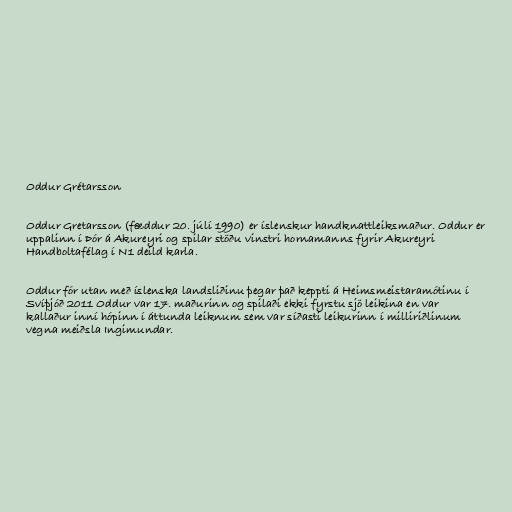
Oddur Grétarsson

Oddur Gretarsson (fæddur 20. júlí 1990) er íslenskur handknattleiksmaður. Oddur er
uppalinn í Þór á Akureyri og spilar stöðu vinstri hornamanns fyrir Akureyri
Handboltafélag í N1 deild karla.

Oddur fór utan með íslenska landsliðinu þegar það keppti á Heimsmeistaramótinu í
Svíþjóð 2011 Oddur var 17. maðurinn og spilaði ekki fyrstu sjö leikina en var
kallaður inní hópinn í áttunda leiknum sem var síðasti leikurinn í milliriðlinum
vegna meiðsla Ingimundar.